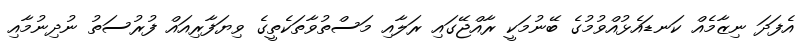
އެފަދަ ނިޒާމެއް ކަނޑައެޅުއްވުމުގެ ބޭނުމަކީ ރާއްޖޭގައި ރަލާއި މަސްތުވާތަކެތީގެ ވިޔަފާރިއައް ފުރުސަތު ނުދިނުމާއި